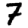
Digit: 7